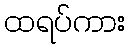
ထရပ်ကား